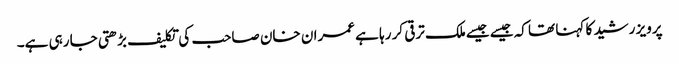
پرویز رشید کا کہنا تھا کہ جیسے جیسےملک ترقی کر رہا ہے عمران خان صاحب کی تکلیف بڑھتی جا رہی ہے۔